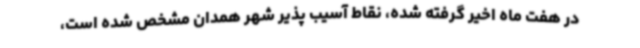
در هفت ماه اخیر گرفته شده، نقاط آسیب پذیر شهر همدان مشخص شده است،